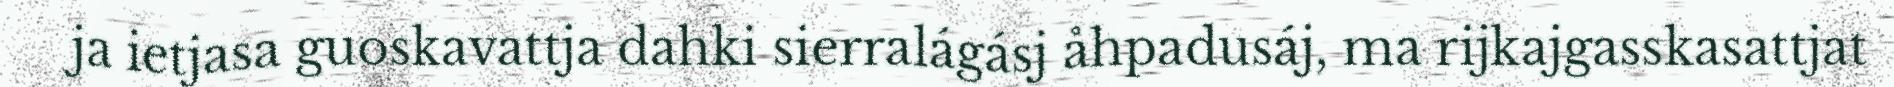
ja ietjasa guoskavattja dahki sierralágásj åhpadusáj, ma rijkajgasskasattjat